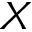
X